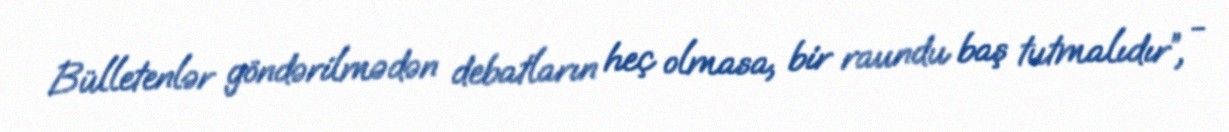
Bülletenlər göndərilmədən debatların heç olmasa, bir raundu baş tutmalıdır”, -